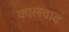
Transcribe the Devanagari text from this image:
कालवाद